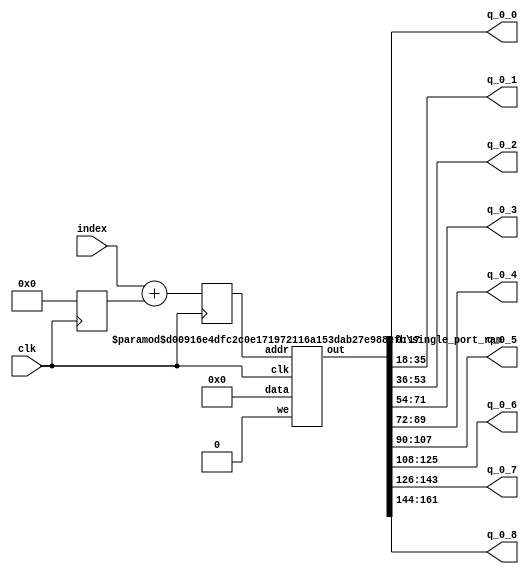
`define SIMULATION_MEMORY

module weight_buffer_18_9_42_1_2688Wcxr_real_half_0 (
	input clk,
	output [17:0] q_0_0,
	output [17:0] q_0_1,
	output [17:0] q_0_2,
	output [17:0] q_0_3,
	output [17:0] q_0_4,
	output [17:0] q_0_5,
	output [17:0] q_0_6,
	output [17:0] q_0_7,
	output [17:0] q_0_8,
	input [11:0] index
);

wire [161:0] packed_result_0;
reg [11:0] addrs_0;
reg [11:0] addrs_base_0;

always @ (posedge clk) begin
	addrs_base_0 <= 0;
	addrs_0 <= index + addrs_base_0;
end

wire rom_we;
assign rom_we = 1'b0;

`ifdef SIMULATION_MEMORY
defparam ram_inst_0.DATA_WIDTH = 162;
defparam ram_inst_0.ADDR_WIDTH = 12;
`endif
single_port_ram ram_inst_0 (
	.we(rom_we),
	.addr(addrs_0),
	.data(162'd0),
	.out(packed_result_0),
	.clk(clk)
);

// Unpack result
assign q_0_0 = packed_result_0[17:0];
assign q_0_1 = packed_result_0[35:18];
assign q_0_2 = packed_result_0[53:36];
assign q_0_3 = packed_result_0[71:54];
assign q_0_4 = packed_result_0[89:72];
assign q_0_5 = packed_result_0[107:90];
assign q_0_6 = packed_result_0[125:108];
assign q_0_7 = packed_result_0[143:126];
assign q_0_8 = packed_result_0[161:144];

endmodule

module single_port_ram(
clk,
addr,
data,
we,
out
);

parameter DATA_WIDTH = 288;
parameter ADDR_WIDTH = 6;
input clk;
input [ADDR_WIDTH-1:0] addr;
input [DATA_WIDTH-1:0] data;
input we;
output reg [DATA_WIDTH-1:0] out;

reg [DATA_WIDTH-1:0] ram[ADDR_WIDTH-1:0];

always @(posedge clk) begin
  if (we) begin
    ram[addr] <= data;
  end
  else begin
    out <= ram[addr];
  end
end

endmodule